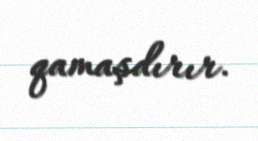
qamaşdırır.